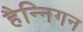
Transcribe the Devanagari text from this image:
हैन्निगन